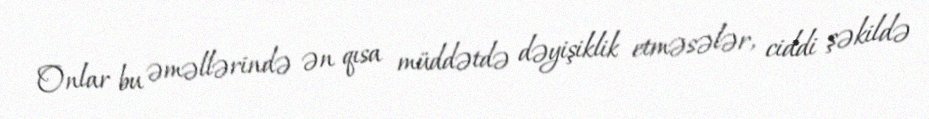
Onlar bu əməllərində ən qısa müddətdə dəyişiklik etməsələr, ciddi şəkildə